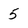
Character: 5